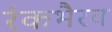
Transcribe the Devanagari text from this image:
रंकभैरव